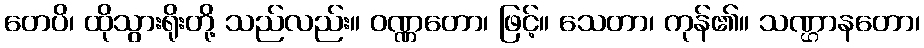
တေပိ၊ ထိုသွားရိုးတို့ သည်လည်း။ ဝဏ္ဏတော၊ ဖြင့်။ သေတာ၊ ကုန်၏။ သဏ္ဌာနတော၊